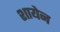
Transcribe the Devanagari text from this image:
शायेन